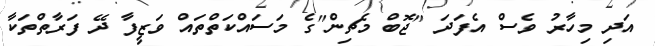
އަދި މިހާރު ވެސް އެފަދަ "ޖޮބް މެޗިން"ގެ މަސައްކަތްތައް ވަޒީފާ ދޭ ފަރާތްތަކާ